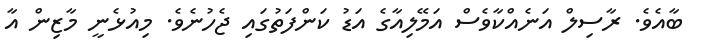
ބާއެވެ. ރާސިލް އަނެއްކާވެސް އަމޭލިއާގެ އަޑު ކަންފަތުގައި ޖެހުނެވެ. މިއުޅެނީ މާޒިން އާ